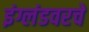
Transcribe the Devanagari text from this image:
इंग्लंडवरचे